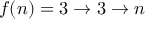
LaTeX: f ( n ) = 3 \rightarrow 3 \rightarrow n